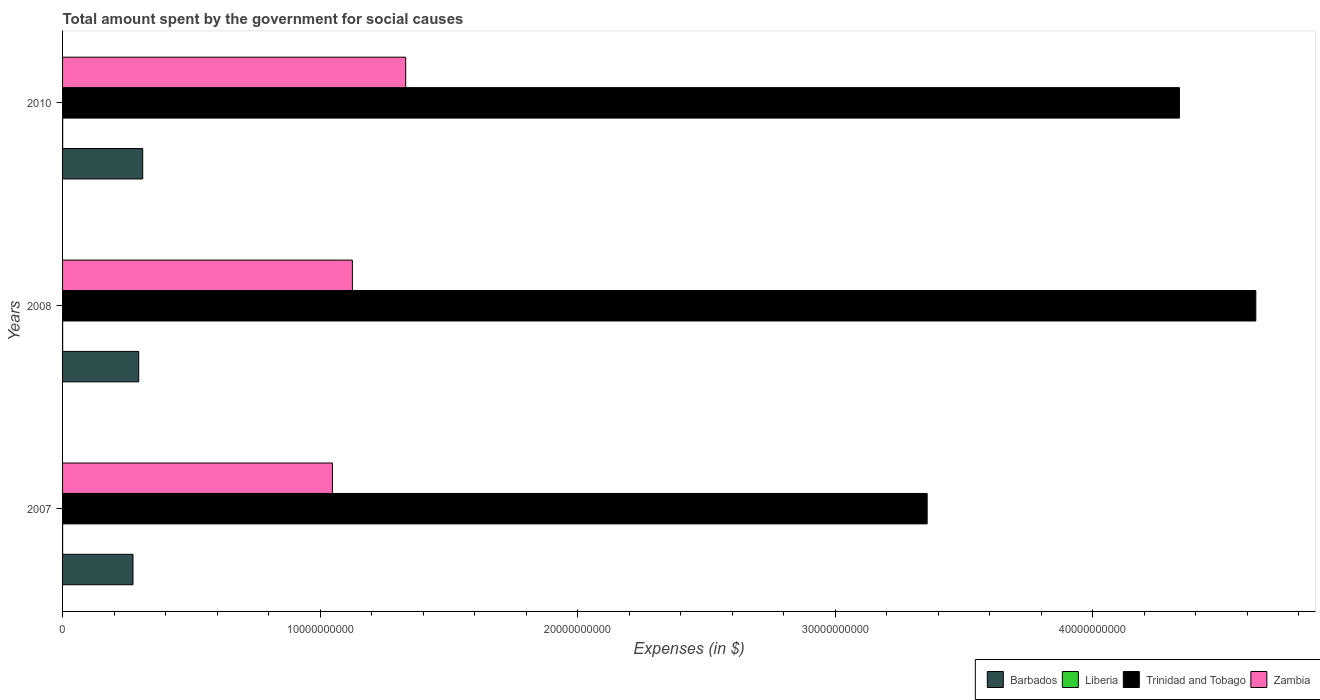
| Years | Barbados | Liberia | Trinidad and Tobago | Zambia |
 | --- | --- | --- | --- | --- |
 | 2007 | 2.73e+09 | 1.72e+06 | 3.36e+10 | 1.05e+10 |
 | 2008 | 2.96e+09 | 2.85e+06 | 4.63e+10 | 1.13e+10 |
 | 2010 | 3.11e+09 | 3.8e+06 | 4.34e+10 | 1.33e+10 |